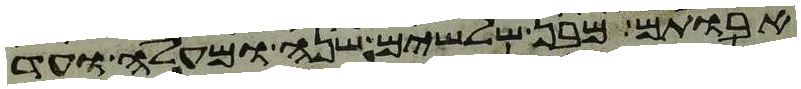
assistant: אבותם מבן שלשים שנה ומעלה ועד